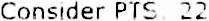
CONSIDER PTS. 22